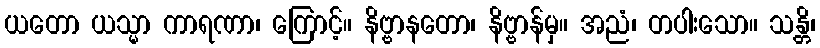
ယတော ယသ္မာ ကာရဏာ၊ ကြောင့်။ နိဗ္ဗာနတော၊ နိဗ္ဗာန်မှ။ အညံ၊ တပါးသော။ သန္တိ၊